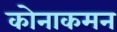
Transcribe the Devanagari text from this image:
कोनाकमन